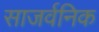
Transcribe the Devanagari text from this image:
साजर्वनिक